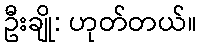
ဦးချို: ဟုတ်တယ်။